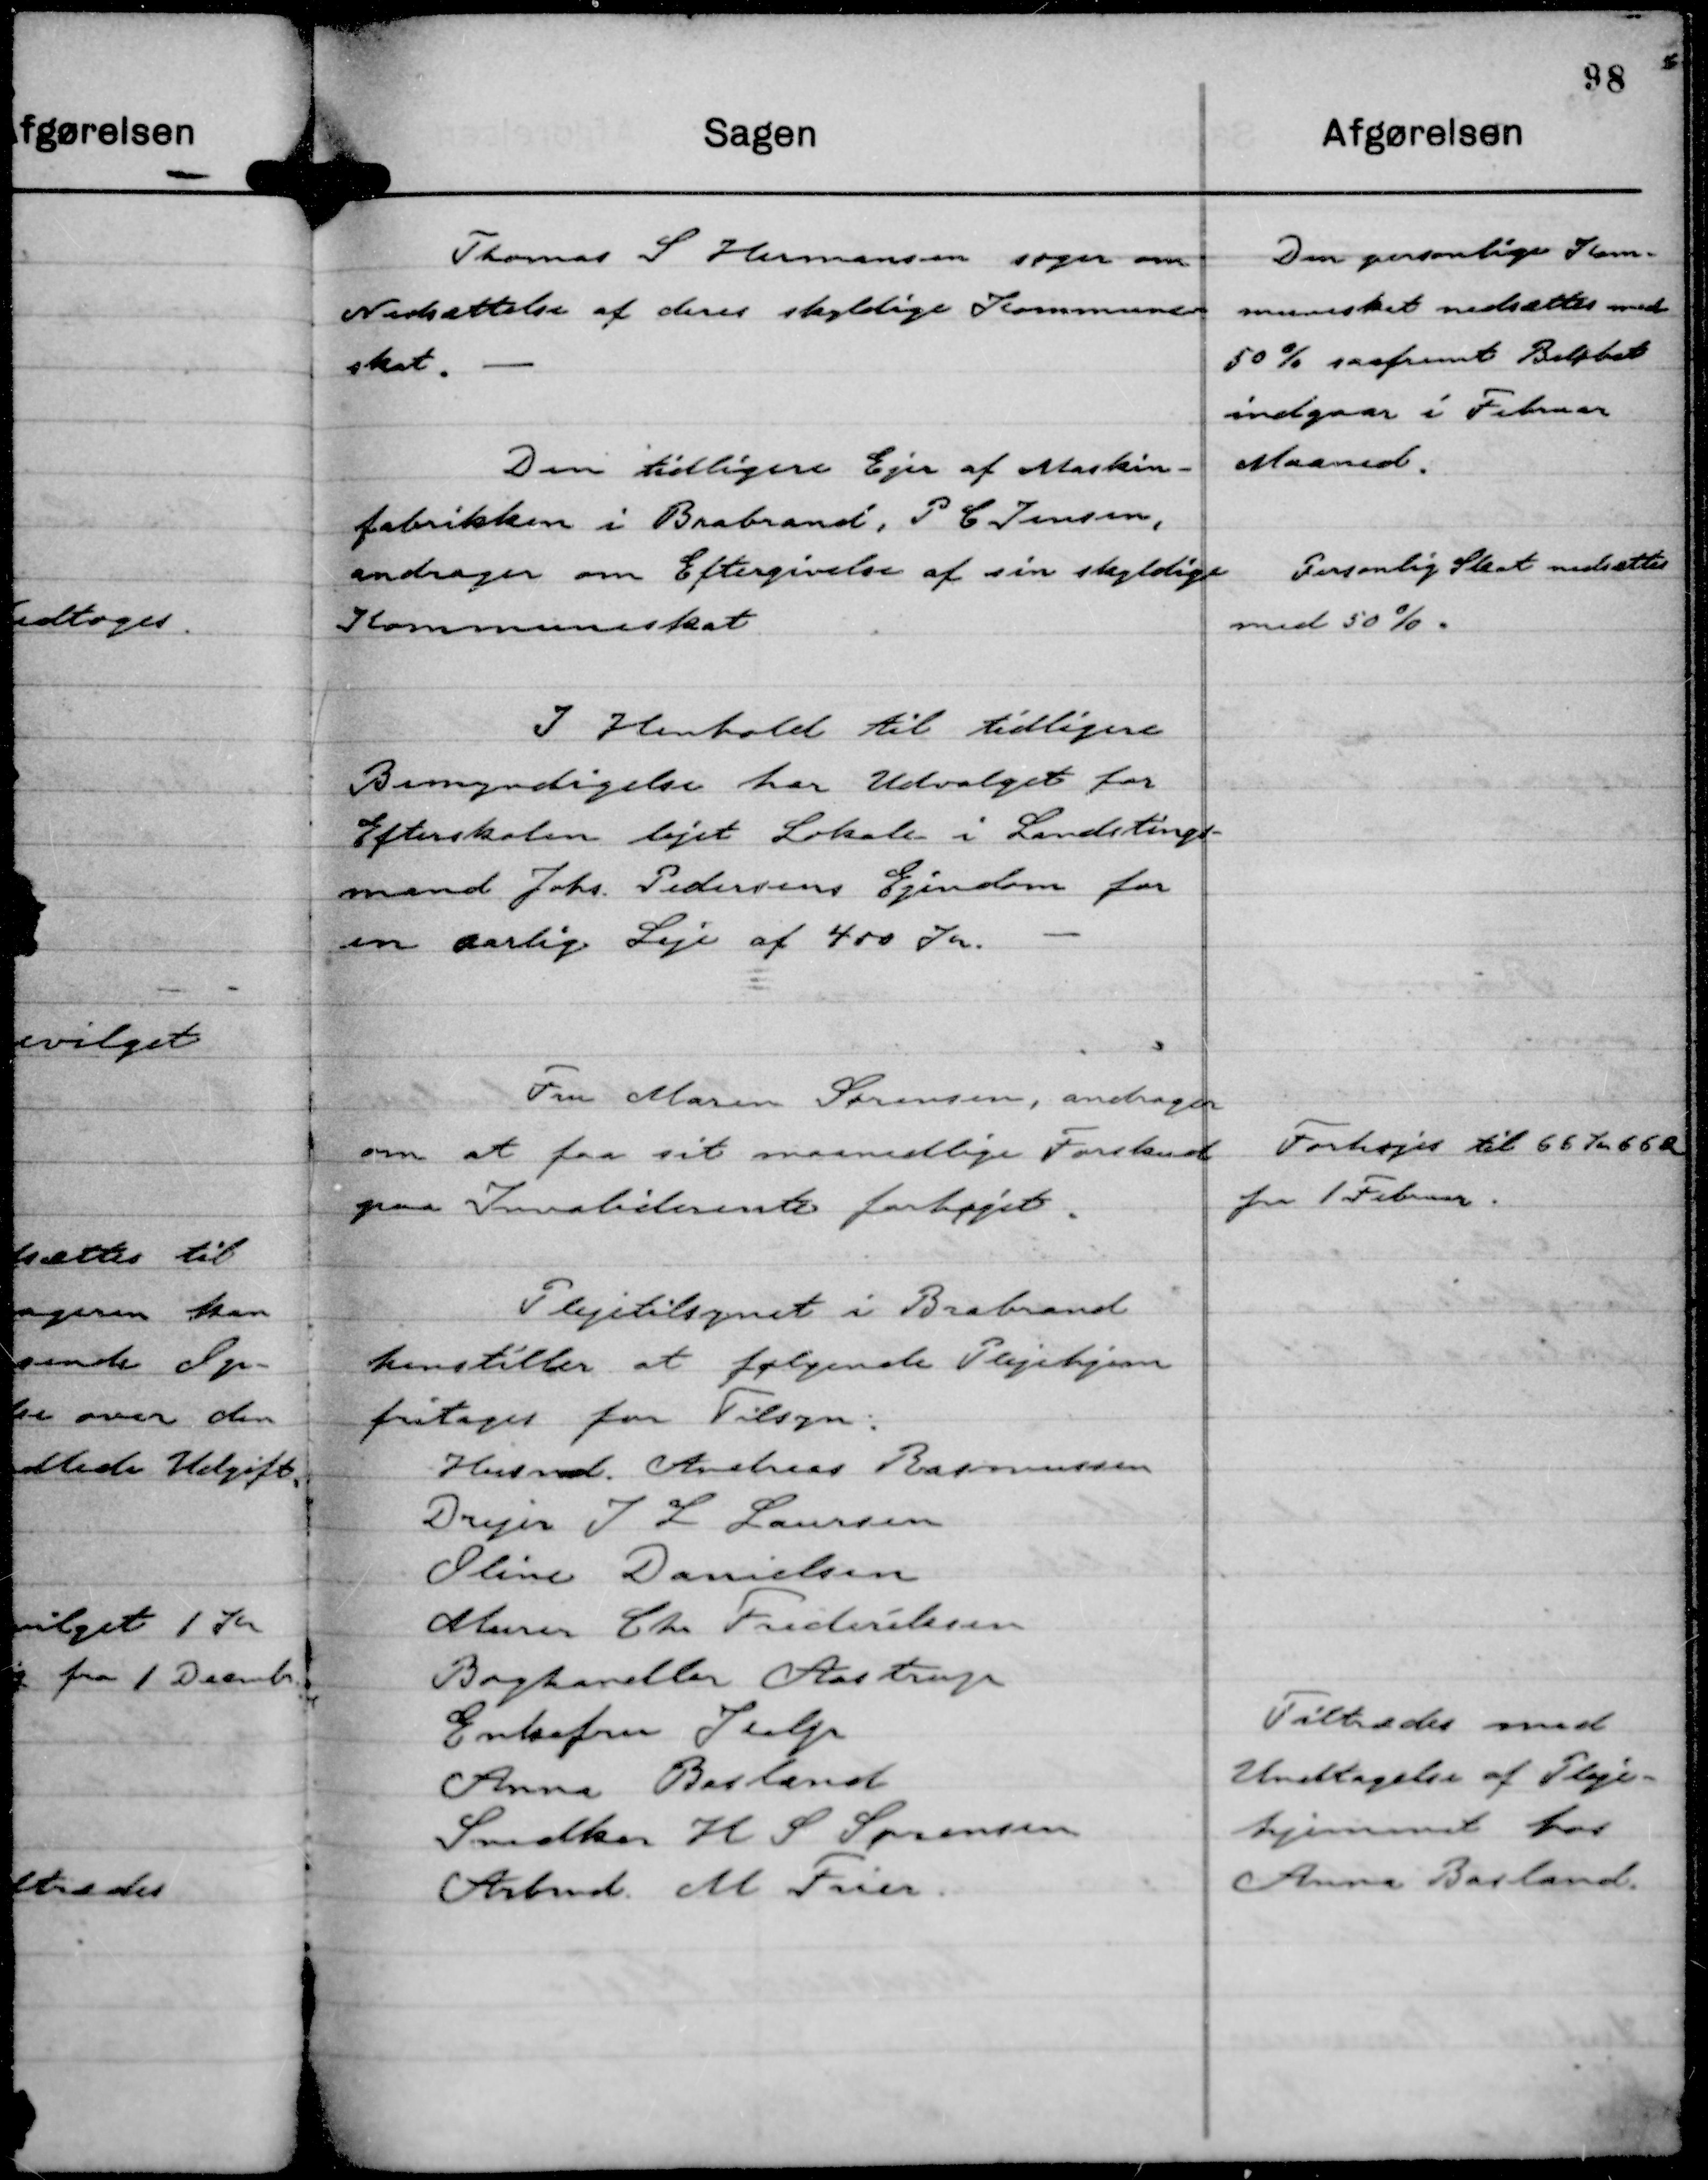
Transskription:
Thomas S Hermansen søger om
Nedsættelse af deres skyldige Kommune-
skat.

Den pesonlige Kom-
muneskat nedsættes med
50 % saafremt Beløbet
indgaar i Februar
Maaned.

Den tidligere Ejer af Maskin-
fabrikken i Brabrand, P C Jensen,
andrager om Eftergivelse af sin skyldige
Kommuneskat

Personlig Skat nedsættes
med 50 %.

I Henhold til tidligere
Bemyndigelse har Udvalget for
Efterskolen lejet Lokale i Landstings-
mand Johs. Pedersens Ejendom for
en aarlig Leje af 400 Kr.

Fru Maren Sørensen, andrager
om at faa sit maanedlige Forskud
paa Invaliderente forhøjet.

Forhøjes til 66 Kr 66 Ø
fra 1 Februar.

Plejetilsynet i Brabrand
henstiller at følgende Plejehjem
fritages for Tilsyn:
Husmd. Andreas Rasmussen
Drejer J L Laursen
Oline Danielsen
Murer Chr Frederiksen
Boghandler Aastrup
Enkefru Kalp
Anna Basland
Snedker H S Sørensen
Arbmd M Frier

Tiltrædes med
Undtagelse af Pleje-
hjemmet hos
Anna Basland.